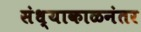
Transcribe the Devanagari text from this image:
संध्याकाळनंतर